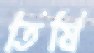
তিষি